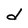
Character: d